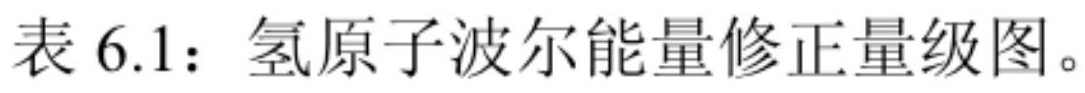
表 6.1：氢原子波尔能量修正量级图。